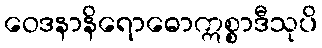
ဝေဒနာနိရောဓောဣစ္စာဒီသုပိ